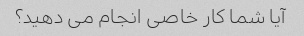
آیا شما کار خاصی انجام می دهید؟